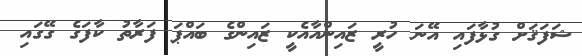
ޝަފަޤަށް ގުޅާފައި އޭނަ ހުރީ ޒައިންއާއެކީ ޒައިންގެ ބައްޕަ ފަރާތު ކާފަގެ ގޭގައި